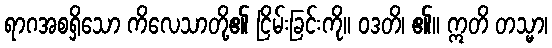
ရာဂအစရှိသော ကိလေသာတို့၏ ငြိမ်းခြင်းကို။ ဝဒတိ၊ ၏။ ဣတိ တသ္မာ၊